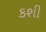
કશી